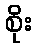
စိုး